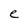
Character: e